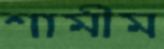
শামীম